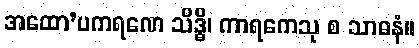
အထော’ပကရဏေ သိဒ္ဓိ၊ ကာရကေသု စ သာဓနံ။